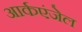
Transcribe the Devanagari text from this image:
आर्कएंजेल